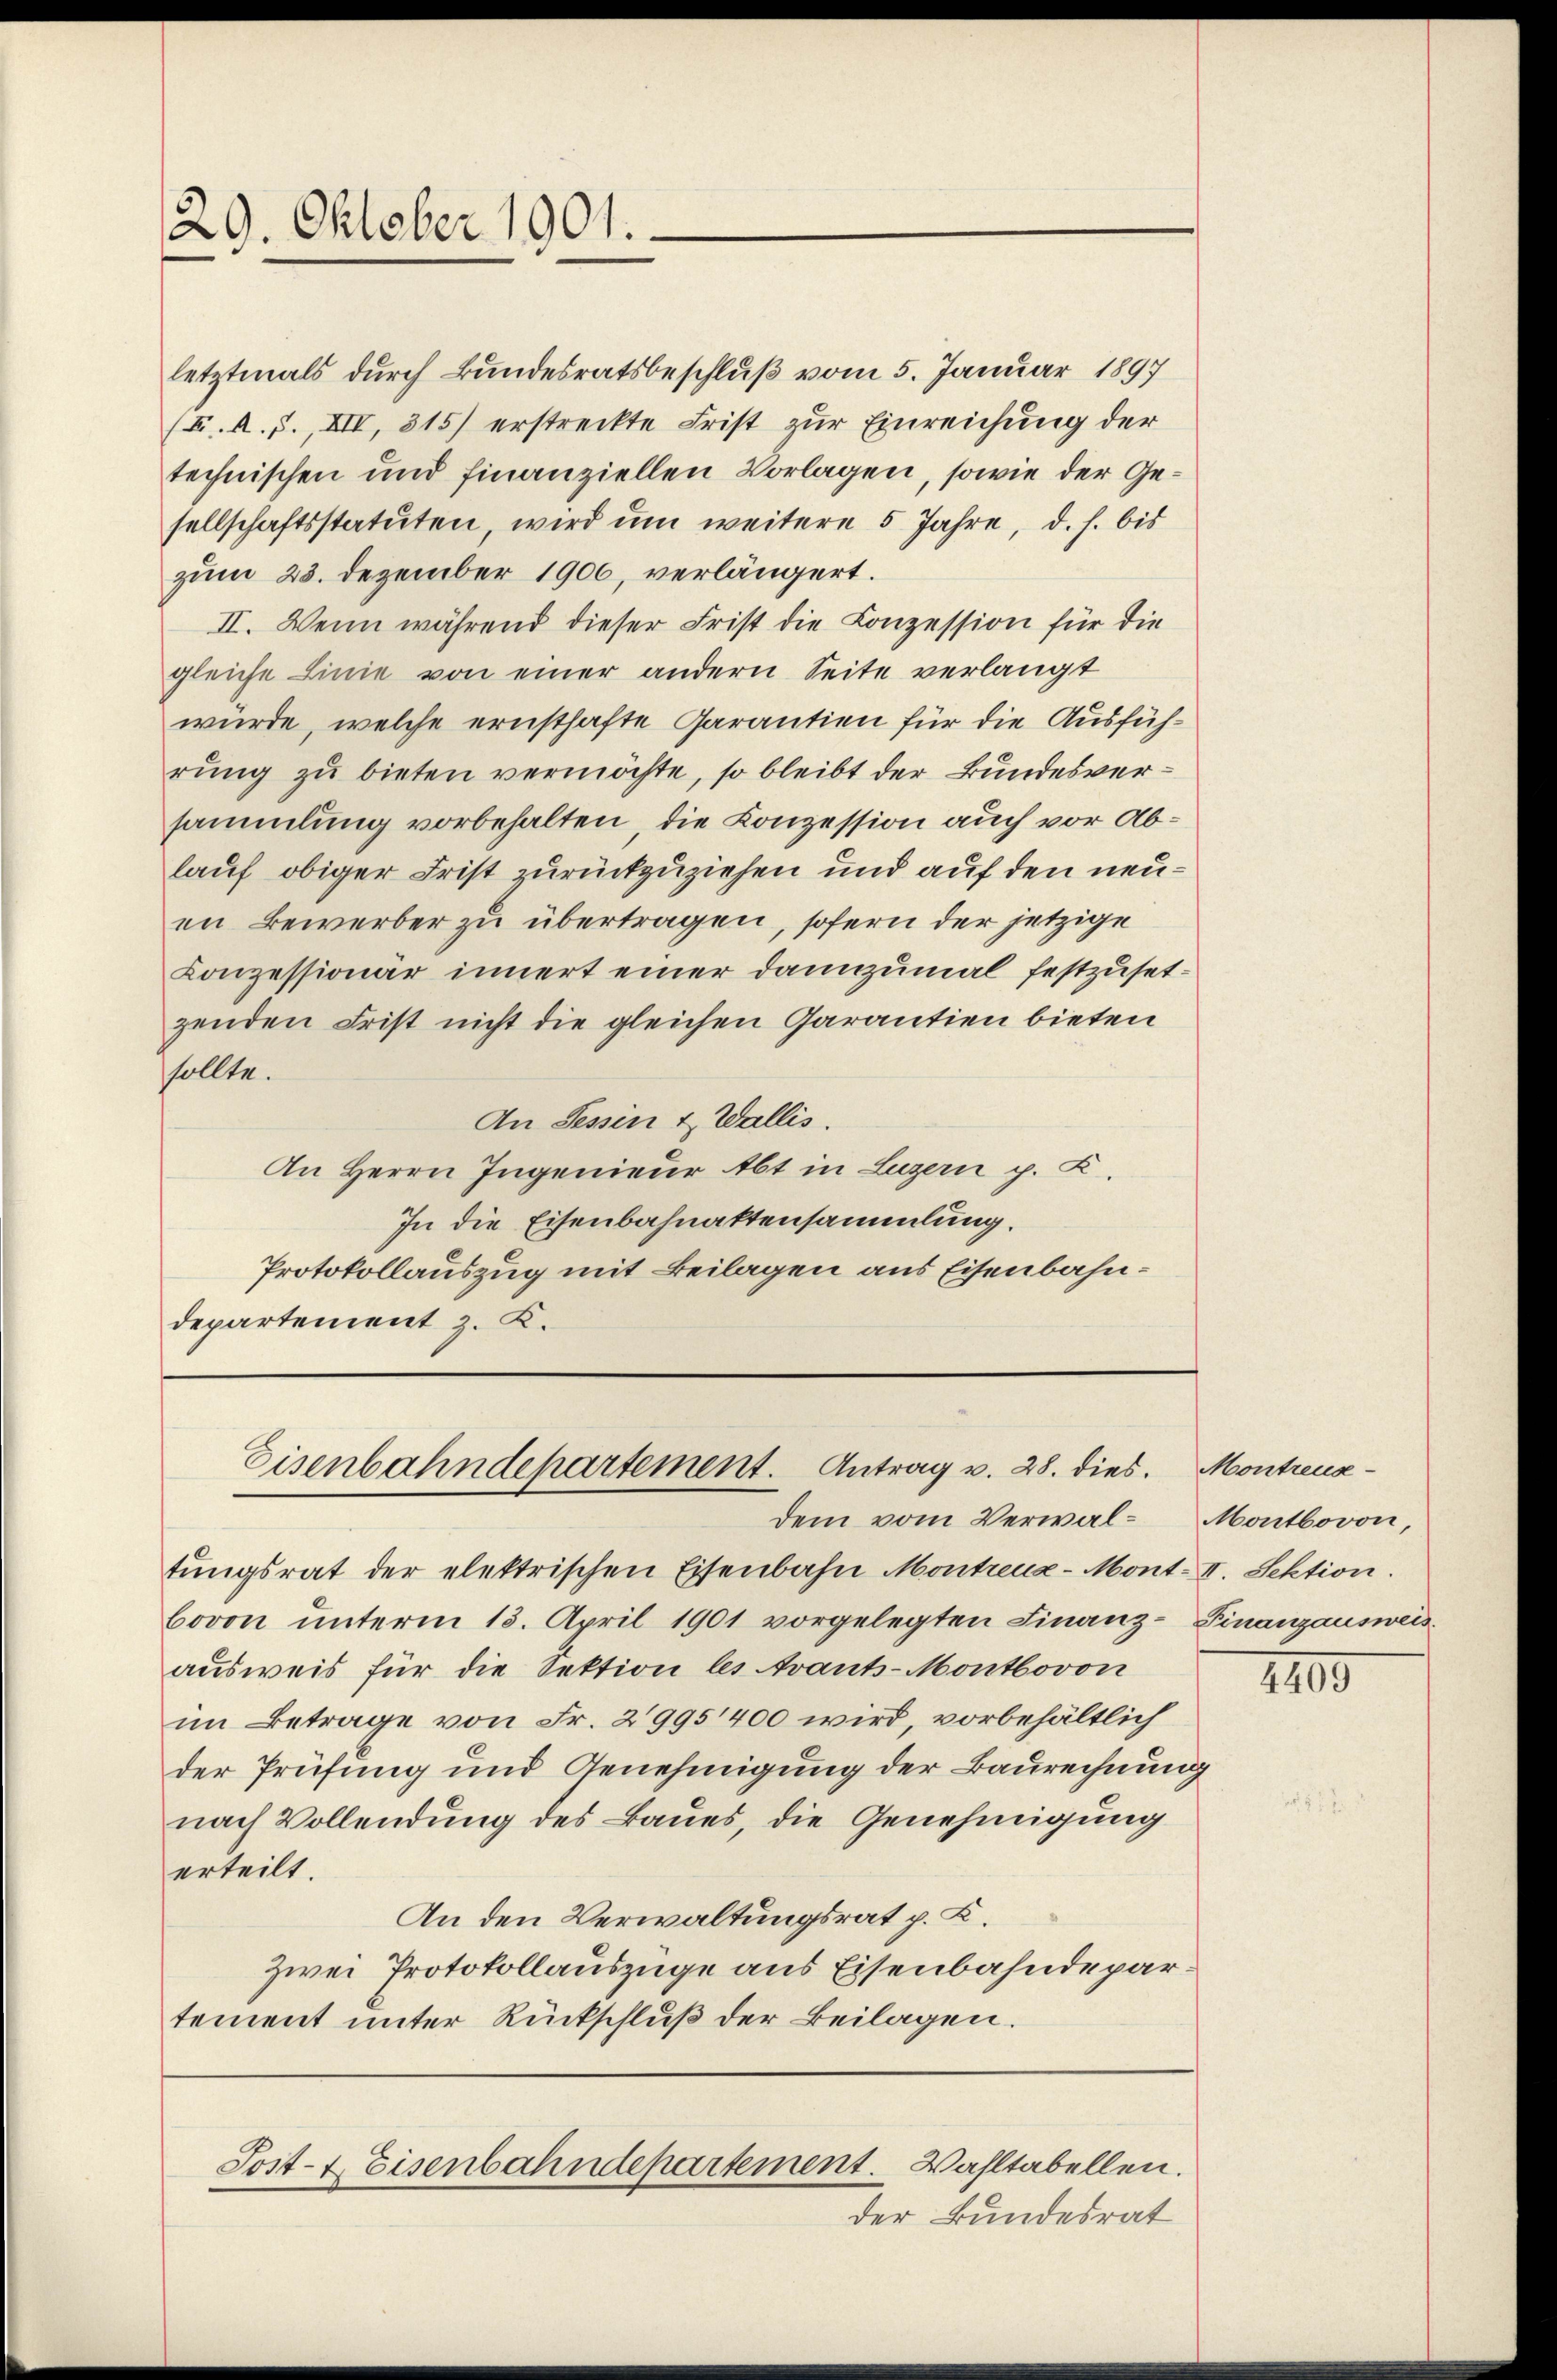
29. Oktober 1901.

letztmals durch Bundesratsbeschluß vom 5. Januar 1897
(F. A. J., XIV, 315) erstreckte Frist zur Einreichung der
technischen und finanziellen Vorlagen, sowie der Gesellschaftsstatuten wird um weitere 5 Jahre, d. h. bis
zum 23. Dezember 1900, verlängert.
II. Wenn während dieser Frist die Conzession für die
gleiche Linie von einer andern Seite verlangt
wurde, welche ernsthafte Garantien für die Ausführung zu bieten vermöchte, so bleibt der Bundesversammlung vorbehalten, die Conzession auch vor Ablauf obiger Frist zurückzuziehen und auf den neuen Bewerber zu übertragen, sofern der jetzige
Conzessionär innert einer dannzumal festzusetzenden Frist nicht die gleichen Garantien bieten
sollte.
An Tessin & Wallis.
An Herrn Ingenieur Abt in Luzern p. K.
In die Eisenbahnaktensammlung.
Protokollauszug mit Beilagen aus Eisenbahndepartement z. K.

tungsrat der elektrischen Eisenbahn Montreux-Mont. II. Sektion.
bovon unterm 13. April 1901 vorgelegten Finanz-Finanzausweis
ausweis für die Sektion les trant-Montbovon
im Betrage von Fr. 2995400 wird, vorbehältlich
der Prüfung und Genehmigung der Baurechnung
nach Vollendung des Baues, die Genehmigung
erteilt.
An den Verwaltungsrat p. C.
Zwei Protokollauszüge aus Eisenbahndepartement unter Rückschluß der Beilagen.

Eisenbahndepartement. Antrag v. 28. dies. Montreus¬

dem vom Verwal-Montbovon,

Post- & Eisenbahndepartement. Wahltabellen.

der Bundesrat

1109